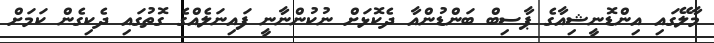
މާލޭގައި އިންޑޮނީޝިއާގެ ޕާސިބް ބަންޑުންއާ ދެކޮޅަށް ނުކުންނާނީ ފައިނަލެއްގެ ގޮތުގައި ދެކިގެން ކަމަށް